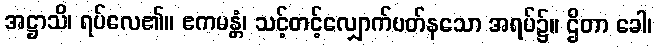
အဋ္ဌာသိ၊ ရပ်လေ၏။ ဧကမန္တံ၊ သင့်တင့်လျှောက်ပတ်နသော အရပ်၌။ ဌိတာ ခေါ၊